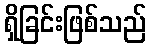
ရှိခြင်းဖြစ်သည်